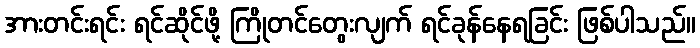
အားတင်းရင်း ရင်ဆိုင်ဖို့ ကြိုတင်တွေးလျက် ရင်ခုန်နေရခြင်း ဖြစ်ပါသည်။